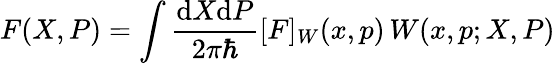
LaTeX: F(X,P)=\int\frac{\mathrm{d}X\mathrm{d}P}{2\pi\hbar}[F]_{W}(x,p)\, W(x,p;X,P)